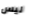
ليس